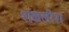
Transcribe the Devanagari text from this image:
शंकलीश